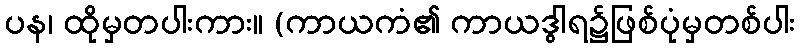
ပန၊ ထိုမှတပါးကား။ (ကာယကံ၏ ကာယဒွါရ၌ဖြစ်ပုံမှတစ်ပါး